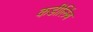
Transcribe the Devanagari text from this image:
कडीलिंब